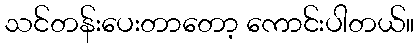
သင်တန်းပေးတာတော့ ကောင်းပါတယ်။